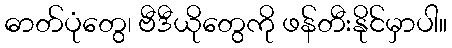
ဓာတ်ပုံတွေ၊ ဗီဒီယိုတွေကို ဖန်တီးနိုင်မှာပါ။